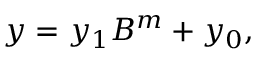
y = y _ { 1 } B ^ { m } + y _ { 0 } ,